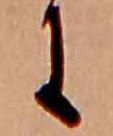
に